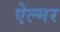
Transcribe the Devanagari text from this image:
ऐल्मर